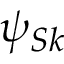
\psi _ { S k }